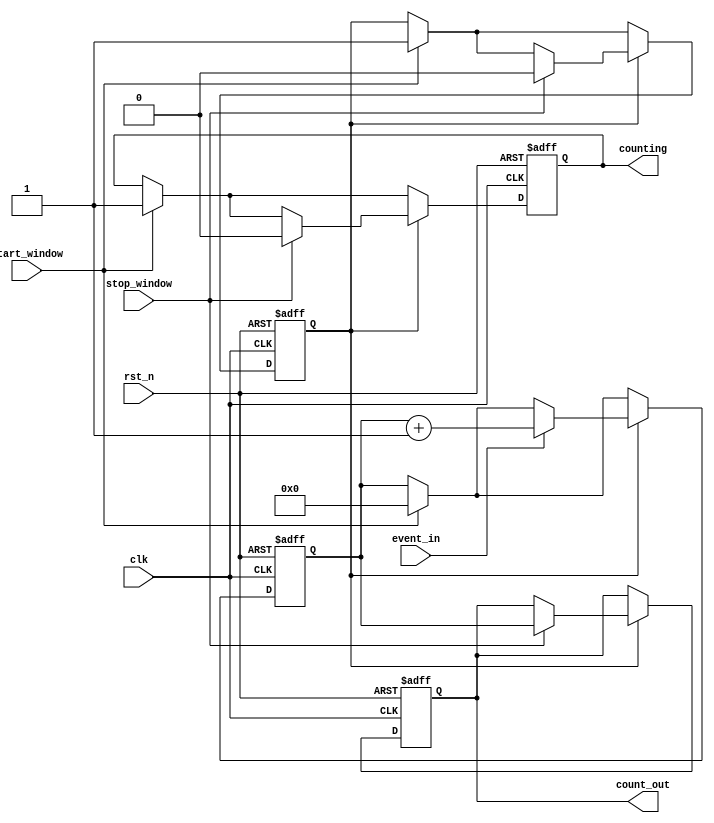
module WindowedCounter (
    input wire clk,                // Clock signal
    input wire rst_n,              // Active-low asynchronous reset
    input wire event_in,           // Event input for counting
    input wire start_window,       // Signal to start counting window
    input wire stop_window,        // Signal to stop counting window
    output reg [7:0] count_out,    // Output count value
    output reg counting            // Status of counting
);

    reg [7:0] counter;             // Internal counter
    reg window_active;             // Flag to indicate if window is active

    // Counter Logic
    always @(posedge clk or negedge rst_n) begin
        if (!rst_n) begin
            counter <= 8'b0;
            count_out <= 8'b0;
            counting <= 1'b0;
            window_active <= 1'b0;
        end else begin
            if (start_window) begin
                // Start counting window
                counter <= 8'b0;  // Reset counter at the start of the window
                counting <= 1'b1;
                window_active <= 1'b1;
            end
            
            if (window_active) begin
                // Increment counter on event
                if (event_in) begin
                    counter <= counter + 1'b1;
                end
                
                if (stop_window) begin
                    // Latch current count to count_out and stop counting
                    count_out <= counter;
                    counting <= 1'b0;
                    window_active <= 1'b0;
                end
            end
        end
    end

endmodule